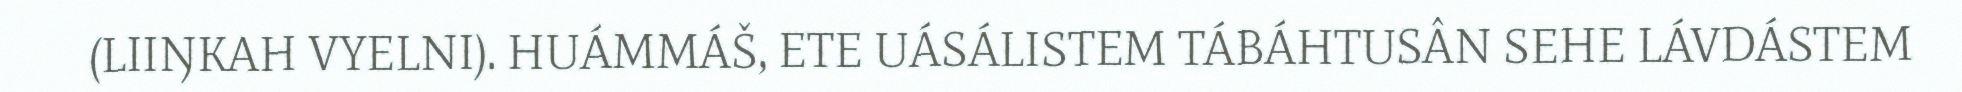
(LIIŊKAH VYELNI). HUÁMMÁŠ, ETE UÁSÁLISTEM TÁBÁHTUSÂN SEHE LÁVDÁSTEM